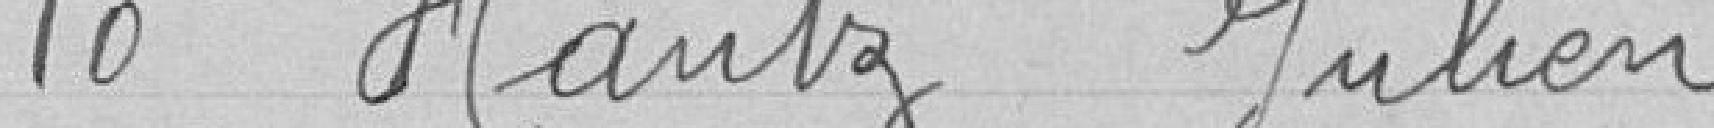
10 Hantz Julien